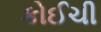
કોઈચી